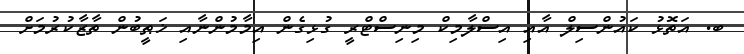
ބ. އަތޮޅު ކައުންސިލް އާއި އިސްލާމިކް މިނިސްޓްރީ ގުޅިގެން އިމާމުންނާއި ޚަޠީބުން ތާޒާކުރުމަށް